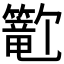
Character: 𬕺